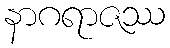
နာဂရာဇဿ